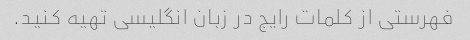
فهرستی از کلمات رایج در زبان انگلیسی تهیه کنید.